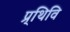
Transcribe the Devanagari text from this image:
प्र्थिवि